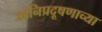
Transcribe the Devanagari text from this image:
ध्वनिप्रदूषणाच्या